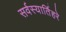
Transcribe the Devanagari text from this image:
सर्वस्यार्तिहरे